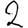
Digit: 2